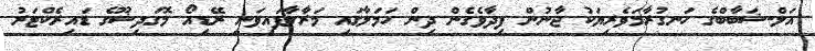
އަލް-ޝަބާބްގެ ހަނގުރާމަވެރިޔަކު ޖާނުން ފިދާވެގެން ދިން ހަމަލާގައި މަރާލާފައިވަނީ ރޭޑިއޯ މޮގަދިޝޫގެ ޑައިރެކްޓަރު